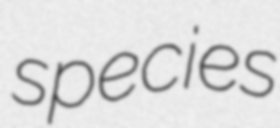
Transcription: species